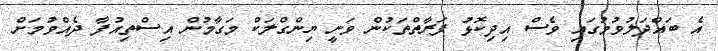
އެ ބައްދަލުވުމުގައި ވެސް އިދިކޮޅު ފަރާތްތަކުން ވަނީ ޔިންގްލަކް މަގާމުން އިސްތިއުފާ ދެއްވުމަށް